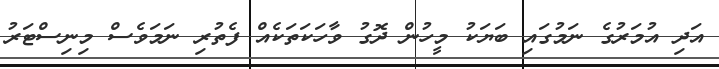
އަދި އުމަރުގެ ނަމުގައި ބަޔަކު މީހުން ދޮގު ވާހަކަތަކެއް ފެތުރި ނަމަވެސް މިނިސްޓަރު